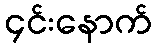
၄င်းနောက်